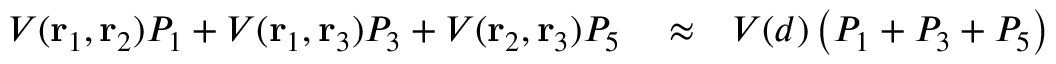
\begin{array} { r l r } { V ( \mathbf { r } _ { 1 } , \mathbf { r } _ { 2 } ) P _ { 1 } + V ( \mathbf { r } _ { 1 } , \mathbf { r } _ { 3 } ) P _ { 3 } + V ( \mathbf { r } _ { 2 } , \mathbf { r } _ { 3 } ) P _ { 5 } } & { { } \approx } & { V ( d ) \left( P _ { 1 } + P _ { 3 } + P _ { 5 } \right) } \end{array}